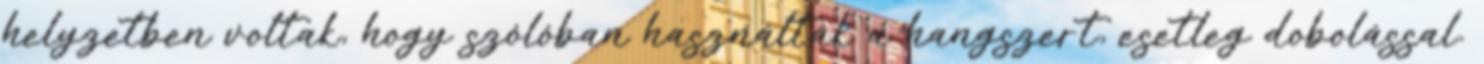
helyzetben voltak, hogy szólóban használták a hangszert, esetleg dobolással.